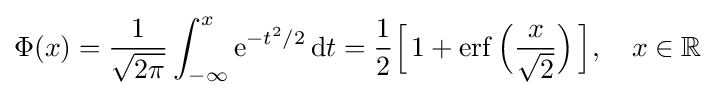
\Phi (x)={\frac {1}{\sqrt {2\pi }}}\int _{-\infty }^{x}{\rm {e}}^{-t^{2}/2}\,{\rm {d}}t={\frac {1}{2}}{\Big [}\,1+\operatorname {erf} {\Big (}{\frac {x}{\sqrt {2}}}{\Big )}\,{\Big ]},\quad x\in \mathbb {R}